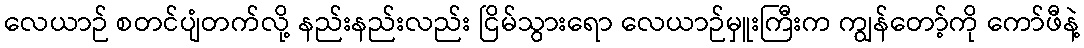
လေယာဉ် စတင်ပျံတက်လို့ နည်းနည်းလည်း ငြိမ်သွားရော လေယာဉ်မှူးကြီးက ကျွန်တော့်ကို ကော်ဖီနဲ့